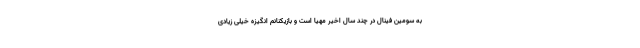
به سومین فینال در چند سال اخیر مهیا است و بازیکنانم انگیزه خیلی زیادی